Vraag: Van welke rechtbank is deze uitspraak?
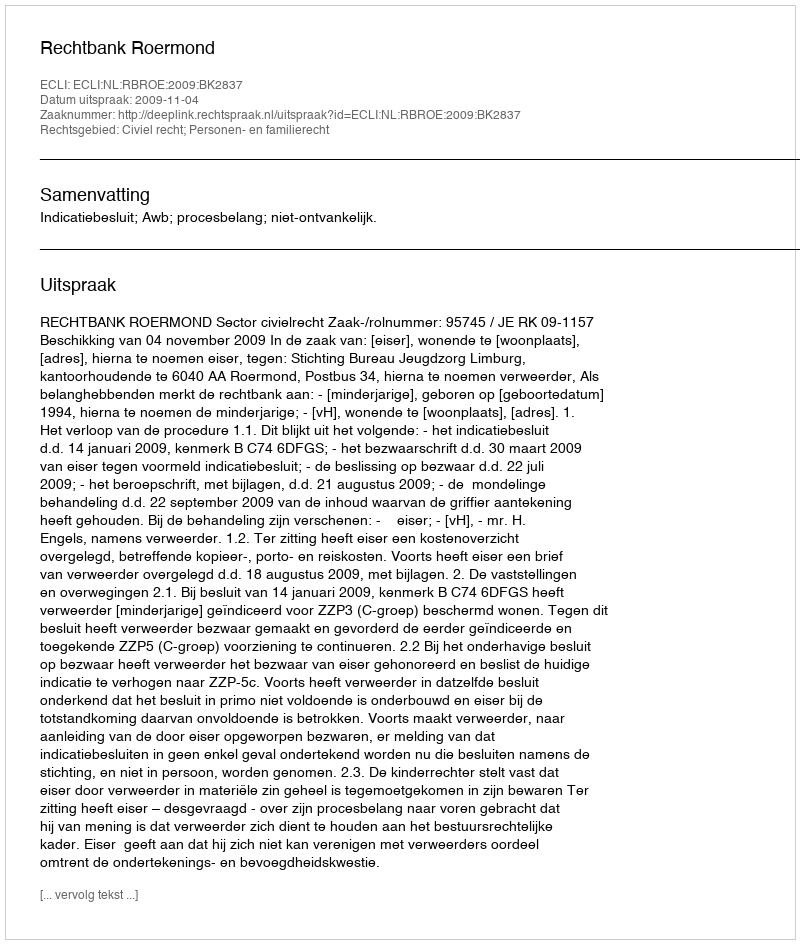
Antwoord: Rechtbank Roermond